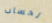
لحساب